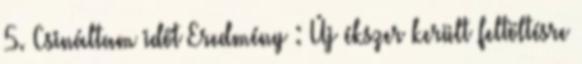
5. Csináltam időt Eredmény : Új ékszer került feltöltésre